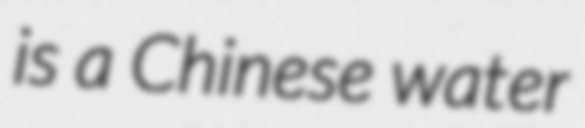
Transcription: is a Chinese water